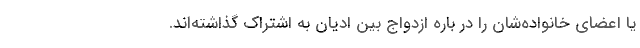
یا اعضای خانواده‌شان را در باره ازدواج بین ادیان به اشتراک گذاشته‌اند.